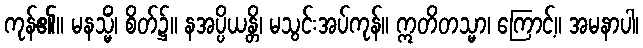
ကုန်၏။ မနသ္မိံ၊ စိတ်၌။ နအပ္ပိယန္တိ၊ မသွင်းအပ်ကုန်။ ဣတိတသ္မာ၊ ကြောင့်။ အမနာပါ၊